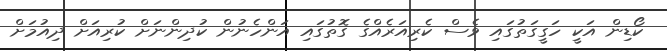
ކޯޑިން އަކީ ހަގީގަތުގައި ވެސް ކެރިއަރެއްގެ ގޮތުގައި އަންހެނުން ކުދިންނަށް ކުރިއަށް ދިއުމަށް